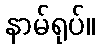
နာမ်ရုပ်။